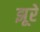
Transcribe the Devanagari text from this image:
झूरे